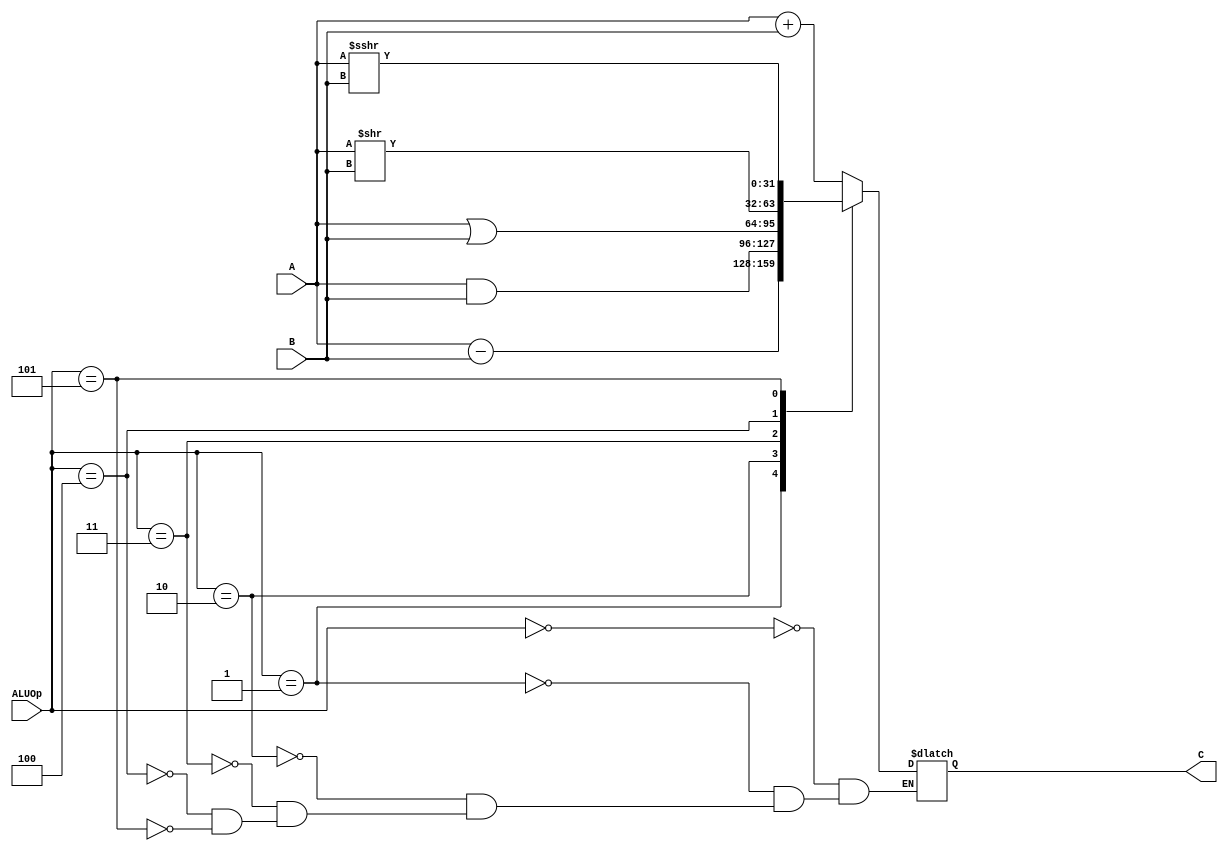
`timescale 1ns / 1ps
//////////////////////////////////////////////////////////////////////////////////
// Company: 
// Engineer: 
// 
// Design Name: 
// Module Name:    alu 
// Project Name: 
// Target Devices: 
// Tool versions: 
// Description: 
//
// Dependencies: 
//
// Revision: 
// Revision 0.01 - File Created
// Additional Comments: 
//
//////////////////////////////////////////////////////////////////////////////////
module alu(
	input [31:0] A,
	input [31:0] B,
	input [2:0] ALUOp,
	output [31:0] C
	);
	
	wire signed [31:0] signtemp;
	assign signtemp = A;
	reg [31:0] seq;
	always@* begin
		case(ALUOp)
			3'b000:begin
				seq = A+B;
			end
			3'b001:begin
				seq= A-B;
			end
			3'b010:begin
				seq = A&B;
			end
			3'b011:begin
				seq = A|B;
			end
			3'b100:begin
				seq = A>>B;
			end
			3'b101:begin
				seq = signtemp>>>B;
			end
			default : begin
				$display("invalid ALUOp");
			end
		endcase
	end

	assign C = seq ;

endmodule